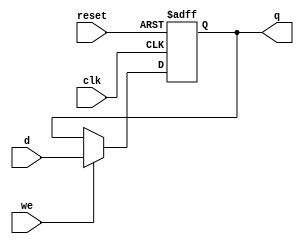
`timescale 1ns / 1ps
//////////////////////////////////////////////////////////////////////////////////
// Company: 
// Engineer: 
// 
// Design Name: 
// Module Name:    hi_lo_reg 
// Project Name: 
// Target Devices: 
// Tool versions: 
// Description: 
//
// Dependencies: 
//
// Revision: 
// Revision 0.01 - File Created
// Additional Comments: 
//
//////////////////////////////////////////////////////////////////////////////////
module hi_lo_reg(
				input clk, we, reset,
				input [31:0] d,
				output reg [31:0] q );
	always @ (posedge clk, posedge reset) begin
		if (reset) begin
			q <= 0;
		end
		else if (we) begin
			q <= d;
		end
		else
			q <= q;
	end

endmodule